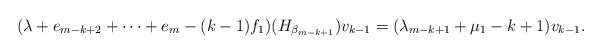
\begin{align*} ( \lambda + e_{m-k+2} + \cdots + e_m -(k-1) f_1 ) ( H_{ \beta _{m-k+1} }) v_{k-1} = ( \lambda _{m-k+1} + \mu _1 -k+1) v_{k-1}.\end{align*}